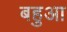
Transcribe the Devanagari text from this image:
बहुआ